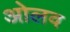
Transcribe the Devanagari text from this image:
ओलव